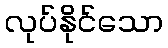
လုပ်နိုင်သော